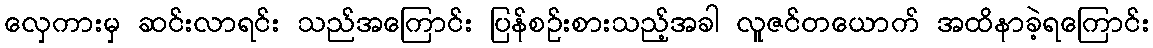
လှေကားမှ ဆင်းလာရင်း သည်အကြောင်း ပြန်စဉ်းစားသည့်အခါ လူဇင်တယောက် အထိနာခဲ့ရကြောင်း